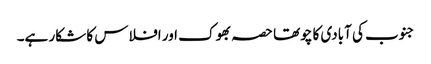
جنوب کی آبادی کا چوتھا حصہ بھوک اور افلاس کا شکار ہے۔